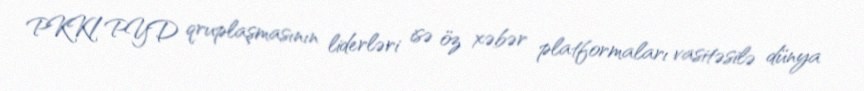
PKK/PYD qruplaşmasının liderləri isə öz xəbər platformaları vasitəsilə dünya